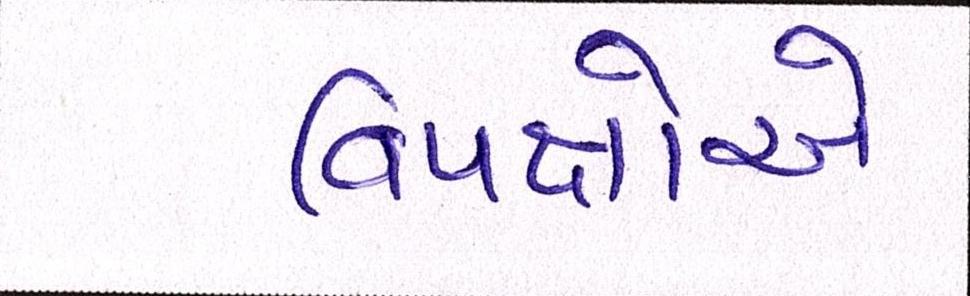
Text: વિપક્ષોએ